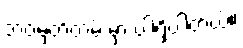
ဘဝမှတ်တမ်းမှာ ပါရှိပါတယ်။